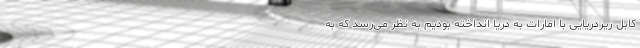
کابل زیردریایی با امارات به دریا انداخته بودیم به نظر می‌رسد که به